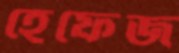
হেফেজ